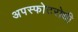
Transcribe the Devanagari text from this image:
अपस्फोटरोधी